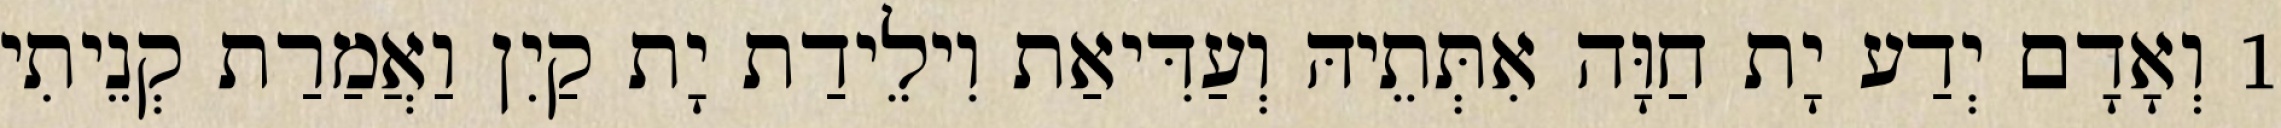
1 וְאָדָם יְדַע יָת חַוָּה אִתְּתֵיהּ וְעַדִּיאַת וִילֵידַת יָת קַיִן וַאֲמַרַת קְנֵיתִי